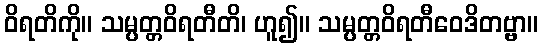
ဝိရတိကို။ သမ္ပတ္တဝိရတီတိ၊ ဟူ၍။ သမ္ပတ္တဝိရတီဝေဒိတဗ္ဗာ။